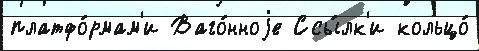
платфо́рмам'и Ваго́нноjе Ссы́лк'и кольцо́